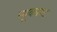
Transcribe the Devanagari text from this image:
न्यूकास्ट